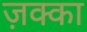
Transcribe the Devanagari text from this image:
ज़क्का